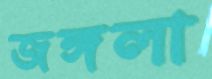
জঙ্গলা